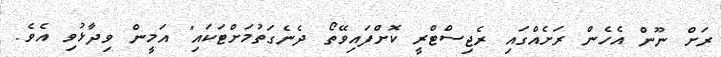
ރަށް ނޫން އެހެން ރަށެއްގައި ރެޖިސްޓްރީ ކޮށްފައިވޭތޯ ދެނެގަތުމަށްޓަކައި" އަމީން ވިދާޅުވި އެވެ.